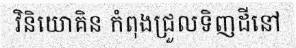
វិនិយោគិន កំពុងជ្រួលទិញដីនៅ